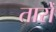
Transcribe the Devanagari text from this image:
तारोँ